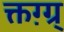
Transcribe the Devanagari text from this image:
क्तग़्ग्र्